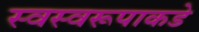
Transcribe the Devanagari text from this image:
स्वस्वरूपाकडे